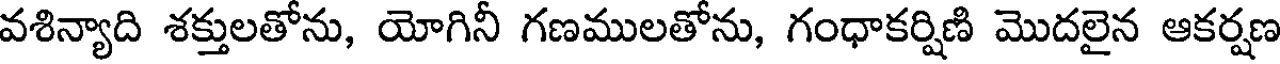
వశిన్యాది శక్తులతోను, యోగినీ గణములతోను, గంధాకర్షిణి మొదలైన ఆకర్షణ